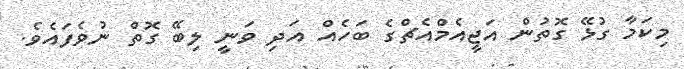
މިކަމާ ގުޅޭ ގޮތުން އަޖީއެމްއެޗްގެ ބަހެއް އަދި ވަނީ ލިބޭ ގޮތް ނުވެފައެވެ.